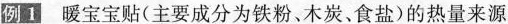
例1 暖宝宝贴(主要成分为铁粉、木炭、食盐)的热量来源